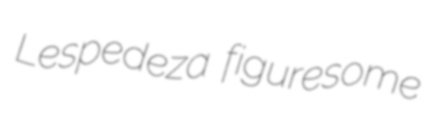
Lespedeza figuresome